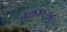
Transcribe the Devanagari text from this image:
२७४४६७८